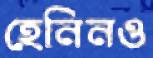
হেনিনও